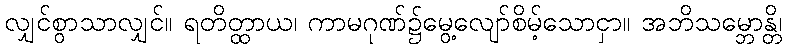
လျှင်စွာသာလျှင်။ ရတိတ္ထာယ၊ ကာမဂုဏ်၌မွေ့လျော်စိမ့်သောငှာ။ အဘိသမ္ဘောန္တိ၊